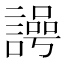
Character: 𮘲